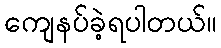
ကျေနပ်ခဲ့ရပါတယ်။